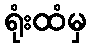
ရုံးထံမှ